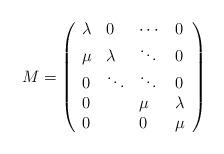
LaTeX: \begin{align*}M=\left(\begin{array}{llll}\lambda&0&\cdots&0\\\mu&\lambda&\ddots&0\\0&\ddots& \ddots&0\\0&&\mu&\lambda\\0& &0&\mu\end{array}\right)\end{align*}